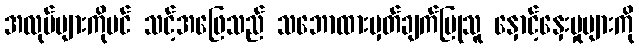
အလုပ်များကိုပင် သင့်အဖြေသည် သဘောထားမှတ်ချက်ပြုသူ နှောင့်နှေးမှုများကို